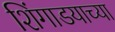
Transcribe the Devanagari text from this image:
शिंगाडयाच्या